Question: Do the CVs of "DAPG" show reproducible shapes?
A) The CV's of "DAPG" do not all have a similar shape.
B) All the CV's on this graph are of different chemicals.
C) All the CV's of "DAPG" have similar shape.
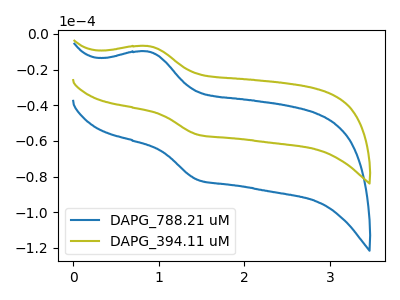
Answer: <think>The blue curve "DAPG_788.21 uM" has an anodic peak at (0.85V, -9.90uA) and a cathodic peak at (1.45V, -81.85uA). The olive curve "DAPG_394.11 uM" has an anodic peak at (0.85V, -6.85uA) and a cathodic peak at (1.45V, -56.50uA).
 All the peaks in "DAPG_788.21 uM" have a peak in "DAPG_394.11 uM" at the same potential.</think>
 <answer>C) All the CV's of "DAPG" have similar shape.</answer>
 <eval>C</eval>